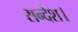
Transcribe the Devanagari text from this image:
सन्देश।